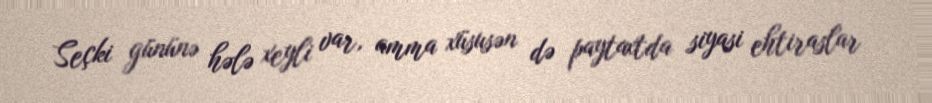
Seçki gününə hələ xeyli var, amma xüsusən də paytaxtda siyasi ehtiraslar